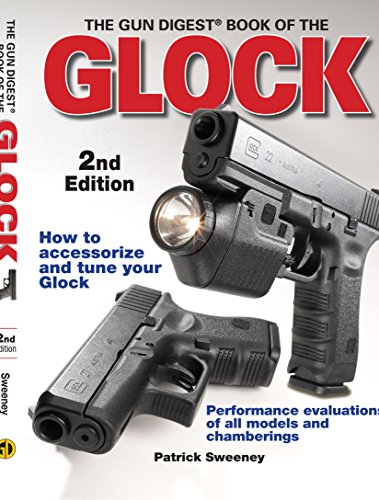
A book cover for The Gun Digest Book of the Glock, 2nd Edition; Patrick Sweeney; Crafts, Hobbies & Home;